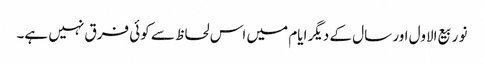
نو ربیع الاول اور سال کے دیگر ایام میں اس لحاظ سے کوئی فرق نہیں ہے۔